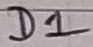
Text: D1